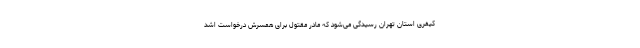
کیفری استان تهران رسیدگی می‌شود که مادر مقتول برای همسرش درخواست اشد